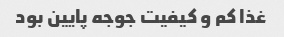
غذا کم و کیفیت جوجه پایین بود